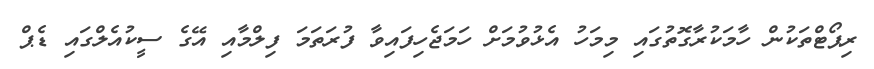
ރިޕޯޓްތަކުން ހާމަކުރާގޮތުގައި މިމަހު އެޅުވުމަށް ހަމަޖެހިފައިވާ ފުރަތަމަ ފިލްމާއި އޭގެ ސީކުއެލްގައި ޑެޕް